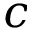
c